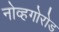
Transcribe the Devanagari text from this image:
नोव्हगोरोड